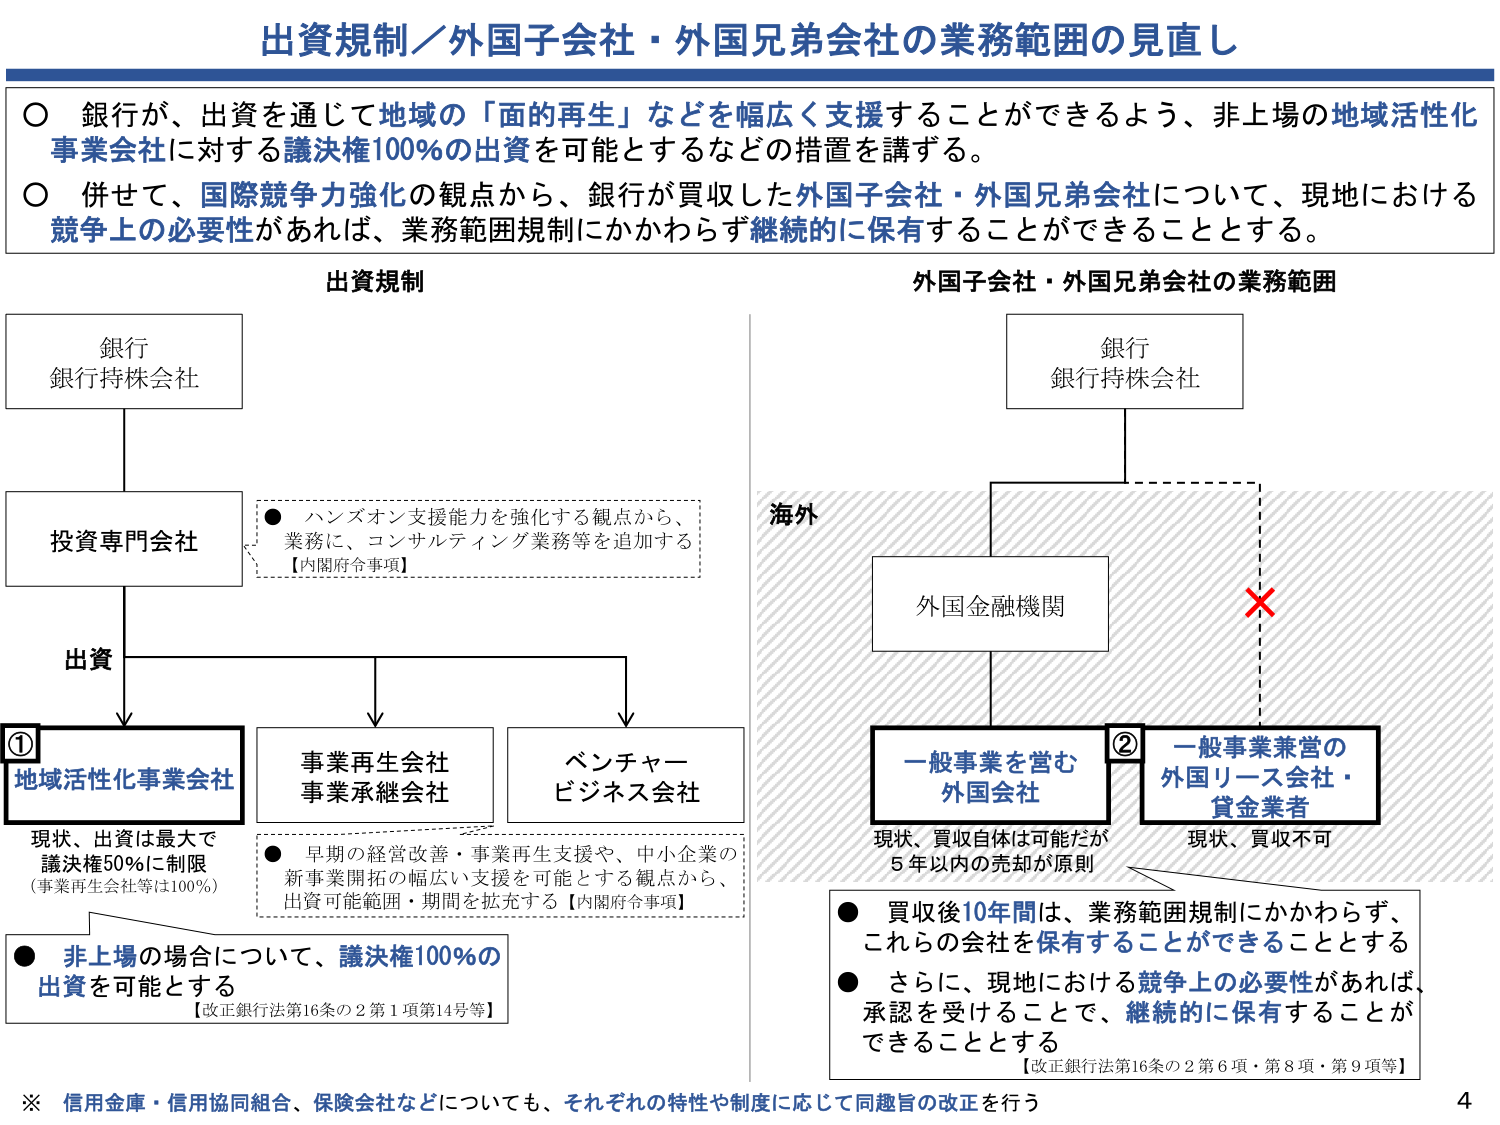
出資規制／外国子会社・外国兄弟会社の業務範囲の見直し

○ 銀行が、出資を通じて地域の「面的再生」などを幅広く支援することができるよう、非上場の地域活性化事業会社に対する議決権100％の出資を可能とするなどの措置を講ずる。

○ 併せて、国際競争力強化の観点から、銀行が買収した外国子会社・外国兄弟会社について、現地における競争上の必要性があれば、業務範囲規制にかかわらず継続的に保有することができる thing とする。

出資規制

銀行
銀行持株会社

投資専門会社

● ハンズオン支援能力を強化する観点から、
業務に、コンサルティング業務等を追加する
【内閣府令事項】

出資

①
地域活性化事業会社
現状、出資は最大で
議決権50％に制限
（事業再生会社等は100％）

● 非上場の場合について、議決権100％の
出資を可能とする
【改正銀行法第16条の2第1項第14号等】

事業再生会社
事業承継会社

ベンチャー
ビジネス会社

● 早期の経営改善・事業再生支援や、中小企業の
新事業開拓の幅広い支援を可能とする観点から、
出資可能範囲・期間を拡充する【内閣府令事項】

外国子会社・外国兄弟会社の業務範囲

銀行
銀行持株会社

海外

外国金融機関

②
一般事業を営む
外国会社
現状、買収自体は可能だが
5年以内の売却が原則

一般事業兼営の
外国リース会社・
貸金業者
現状、買収不可

● 買収後10年間は、業務範囲規制にかかわらず、
これらの会社を保有することができる thing とする

● さらに、現地における競争上の必要性があれば、
承認を受けることで、継続的に保有することができる thing とする
【改正銀行法第16条の2第6項・第8項・第9項等】

※ 信用金庫・信用協同組合、保険会社などについても、それぞれの特性や制度に応じて同趣旨の改正を行う

4